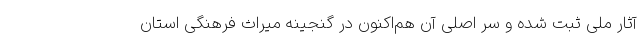
آثار ملی ثبت شده و سر اصلی آن هم‌اکنون در گنجینه میراث فرهنگی استان